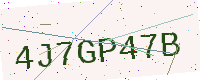
Text: 4J7GP47B